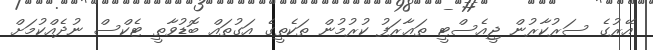
އޭރުގެ ސަރުކާރުން ޖީއެސްޓީ ތަޢާރަފު ކުރުމުން ތަކެތީގެ އަގުތައް ބޮޑުވާތީ ޓެކްސް ނުދެއްކުމަށް